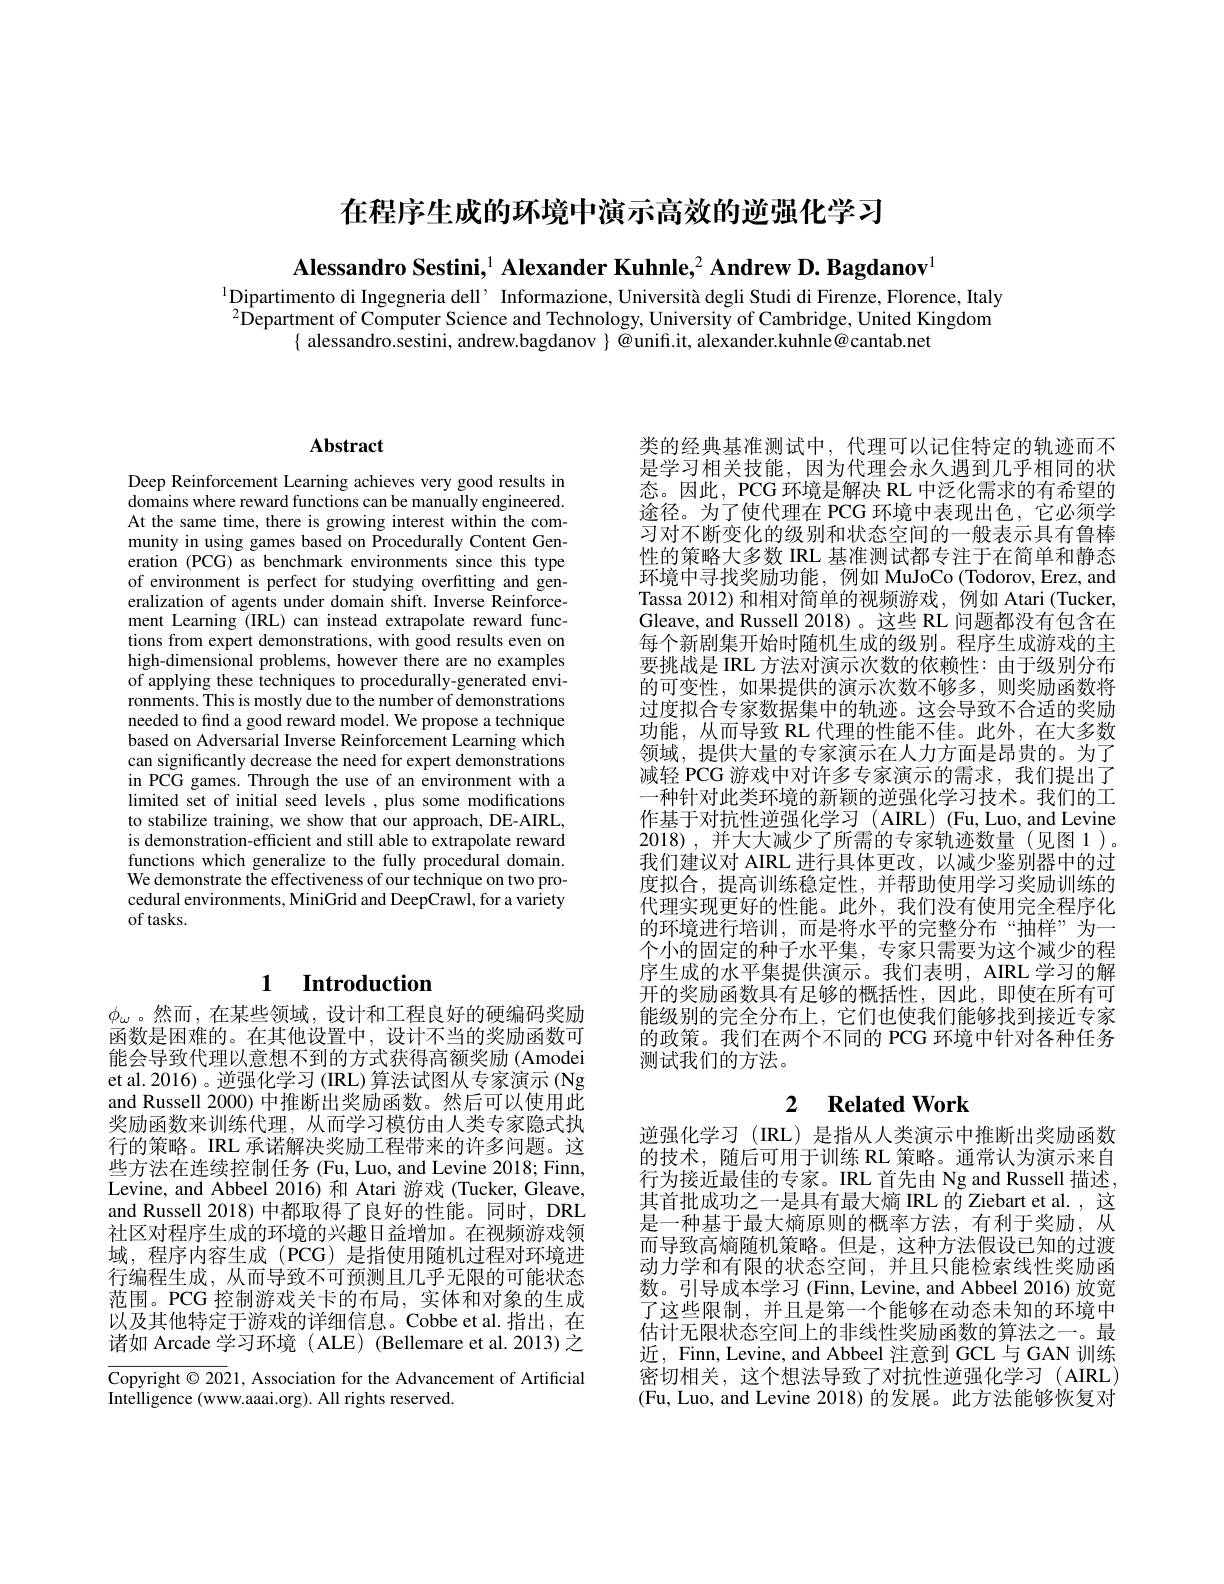
在程序生成的环境中演示高效的逆强化学习

Alessandro Sestini,$^1$ Alexander Kuhnle,$^2\textbf{ Andrew D. Bagdanov}^{1}$

$^{1}$Dipartimento di Ingegneria dell’ Informazione, Università degli Studi di Firenze, Florence, Italy $^{2}$Department of Computer Science and Technology, University of Cambridge, United Kingdom
$\{$ alessandro.sestini, andrew.bagdanov $\}$ @unifi.it, alexander.kuhnle@cantab.net

## $\mathbf{Abstract}$

Deep Reinforcement Learning achieves very good results in domains where reward functions can be manually engineered. At the same time, there is growing interest within the community in using games based on Procedurally Content Generation (PCG) as benchmark environments since this type of environment is perfect for studying overfitting and generalization of agents under domain shift. Inverse Reinforcement Learning (IRL) can instead extrapolate reward functions from expert demonstrations, with good results even on high-dimensional problems, however there are no examples of applying these techniques to procedurally-generated environments. This is mostly due to the number of demonstrations needed to find a good reward model. We propose a technique based on Adversarial Inverse Reinforcement Learning which can significantly decrease the need for expert demonstrations in PCG games. Through the use of an environment with a limited set of initial seed levels , plus some modifications to stabilize training, we show that our approach, DE-AIRL, is demonstration-efficient and still able to extrapolate reward functions which generalize to the fully procedural domain. We demonstrate the effectiveness of our technique on two procedural environments, MiniGrid and DeepCrawl, for a variety of tasks.

# 1 $\textbf{Introduction}$

$\phi_\omega$。然而，在某些领域，设计和工程良好的硬编码奖励函数是困难的。在其他设置中，设计不当的奖励函数可能会导致代理以意想不到的方式获得高额奖励 (Amodei et al. 2016) 。逆强化学习 (IRL) 算法试图从专家演示 (Ng and Russell 2000) 中推断出奖励函数。然后可以使用此奖励函数来训练代理，从而学习模仿由人类专家隐式执行的策略。IRL 承诺解决奖励工程带来的许多问题。这些方法在连续控制任务 (Fu, Luo, and Levine 2018; Finn, Levine, and Abbeel 2016)和 Atari 游戏 (Tucker,Gleave, and Russell 2018) 中都取得了良好的性能。同时，DRL 社区对程序生成的环境的兴趣日益增加。在视频游戏领域，程序内容生成(PCG)是指使用随机过程对环境进行编程生成，从而导致不可预测且几乎无限的可能状态范围。PCG 控制游戏关卡的布局，实体和对象的生成以及其他特定于游戏的详细信息。Cobbe et al.指出，在诸如 Arcade 学习环境 ( ALE) (Bellemare et al.2013) 之

Copyright $\odot2021$, Association for the Advancement of Artificial
Intelligence (www.aaai.org). All rights reserved

类的经典基准测试中，代理可以记住特定的轨迹而不是学习相关技能，因为代理会永久遇到几乎相同的状态。因此，PCG 环境是解决 RL 中泛化需求的有希望的途径。为了使代理在 PCG 环境中表现出色，它必须学习对不断变化的级别和状态空间的一般表示具有鲁棒性的策略大多数 IRL 基准测试都专注于在简单和静态环境中寻找奖励功能，例如 MuJoCo (Todorov, Erez, and Tassa 2012)和相对简单的视频游戏，例如 Atari (Tucker, Gleave, and Russell 2018)。这些 RL 问题都没有包含在每个新剧集开始时随机生成的级别。程序生成游戏的主要挑战是 IRL 方法对演示次数的依赖性：由于级别分布的可变性，如果提供的演示次数不够多，则奖励函数将过度拟合专家数据集中的轨迹。这会导致不合适的奖励功能，从而导致 RL 代理的性能不佳。此外，在大多数领域，提供大量的专家演示在人力方面是昂贵的。为了减轻 PCG 游戏中对许多专家演示的需求，我们提出了一种针对此类环境的新颖的逆强化学习技术。我们的工作基于对抗性逆强化学习 (AIRL) (Fu,Luo, and Levine 2018),并大大减少了所需的专家轨迹数量(见图1)。我们建议对 AIRL 进行具体更改，以减少鉴别器中的过度拟合，提高训练稳定性，并帮助使用学习奖励训练的代理实现更好的性能。此外，我们没有使用完全程序化的环境进行培训，而是将水平的完整分布“抽样”为一个小的固定的种子水平集，专家只需要为这个减少的程序生成的水平集提供演示。我们表明，AIRL 学习的解开的奖励函数具有足够的概括性，因此，即使在所有可能级别的完全分布上，它们也使我们能够找到接近专家的政策。我们在两个不同的 PCG 环境中针对各种任务测试我们的方法。

## 2 $\textbf{Related Work}$

逆强化学习 (IRL)是指从人类演示中推断出奖励函数的技术，随后可用于训练 RL 策略。通常认为演示来自行为接近最佳的专家。IRL 首先由 Ng and Russell 描述， 其首批成功之一是具有最大熵 IRL 的 Ziebart et al. , 这是一种基于最大熵原则的概率方法，有利于奖励，从而导致高熵随机策略。但是，这种方法假设已知的过渡动力学和有限的状态空间，并且只能检索线性奖励函数。引导成本学习 (Finn, Levine, and Abbeel 2016) 放宽了这些限制，并且是第一个能够在动态未知的环境中估计无限状态空间上的非线性奖励函数的算法之一。最近，Finn, Levine, and Abbeel 注意到 GCL 与 GAN 训练密切相关，这个想法导致了对抗性逆强化学习(AIRL) (Fu, Luo, and Levine 2018) 的发展。此方法能够恢复对